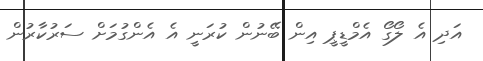
އަދި އެ ލޯގޯ އެމްޑީޕީ އިން ބޭނުން ކުރަނީ އެ އެންގުމަށް ސަރުކާރުން